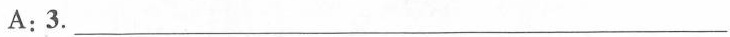
A: 3.\underline